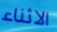
الاثناء